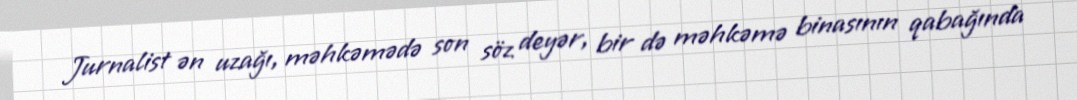
Jurnalist ən uzağı, məhkəmədə son söz deyər, bir də məhkəmə binasının qabağında